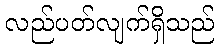
လည်ပတ်လျက်ရှိသည်